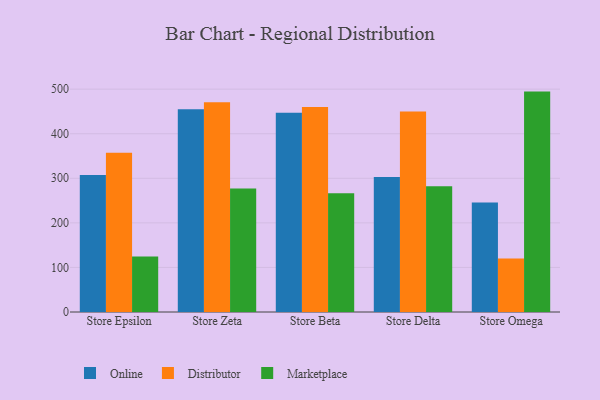
{"axis": {"x": "Store", "y": "Bounce Rate (%)"}, "legend": ["Distributor", "Marketplace", "Online"], "data": [{"x": "Store Epsilon", "y": 307.2, "type": "Online"}, {"x": "Store Epsilon", "y": 357.1, "type": "Distributor"}, {"x": "Store Epsilon", "y": 124.6, "type": "Marketplace"}, {"x": "Store Zeta", "y": 455.1, "type": "Online"}, {"x": "Store Zeta", "y": 470.4, "type": "Distributor"}, {"x": "Store Zeta", "y": 277.0, "type": "Marketplace"}, {"x": "Store Beta", "y": 447.2, "type": "Online"}, {"x": "Store Beta", "y": 460.2, "type": "Distributor"}, {"x": "Store Beta", "y": 266.7, "type": "Marketplace"}, {"x": "Store Delta", "y": 302.9, "type": "Online"}, {"x": "Store Delta", "y": 449.8, "type": "Distributor"}, {"x": "Store Delta", "y": 282.3, "type": "Marketplace"}, {"x": "Store Omega", "y": 245.5, "type": "Online"}, {"x": "Store Omega", "y": 119.9, "type": "Distributor"}, {"x": "Store Omega", "y": 494.5, "type": "Marketplace"}]}